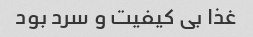
غذا بی کیفیت و سرد بود